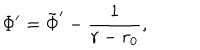
\Phi ^ { \prime } = \tilde { \Phi } ^ { \prime } - { \frac { 1 } { r - r _ { 0 } } } ,